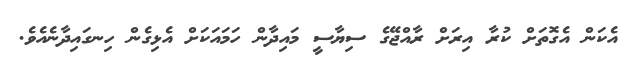
އެކަން އެގޮތަށް ކުރާ އިރަށް ރާއްޖޭގެ ސިޔާސީ މައިދާން ހަމައަކަށް އެޅިގެން ހިނގައިދާނެެއެވެ.